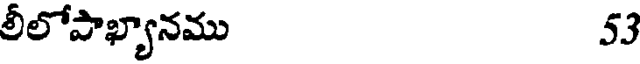
లీలోపాఖ్యానము 53